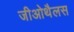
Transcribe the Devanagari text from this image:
जीओथैलस